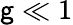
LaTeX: \mathsf{g}\ll1